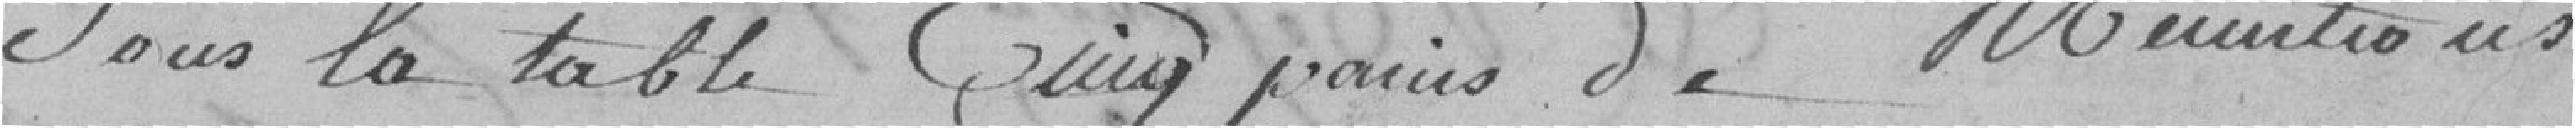
sous la table cinq paires de munitions